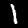
Digit: 1